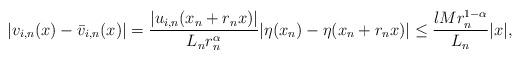
LaTeX: \begin{align*}|v_{i,n}(x) - \bar v_{i,n}(x)|= \frac{|u_{i,n}(x_n+r_n x)|}{L_n r_n^{\alpha}} |\eta(x_n)-\eta (x_n+r_n x)| \le \frac{l M r_n^{1-\alpha}}{L_n} |x|,\end{align*}